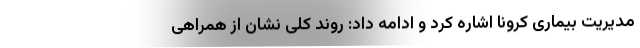
مدیریت بیماری کرونا اشاره کرد و ادامه داد: روند کلی نشان از همراهی